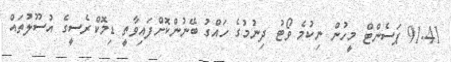
91.41 ޕަސެންޓް މީހުން ނިކުމެ ވޯޓު ދިނުމުގެ ހައްގު ބޭނުންކޮށްފައިވާތީ ޑިމޮކްރެސީގެ އުސޫލުތައް